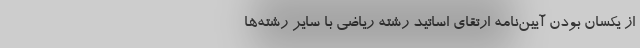
از یکسان بودن آیین‌نامه ارتقای اساتید رشته ریاضی با سایر رشته‌ها